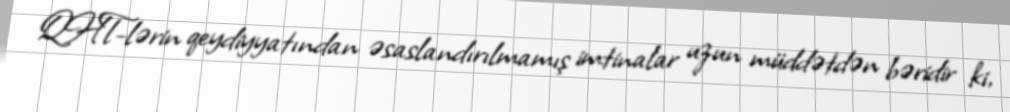
QHT-lərin qeydiyyatından əsaslandırılmamış imtinalar uzun müddətdən bəridir ki,